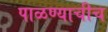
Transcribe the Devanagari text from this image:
पाळण्याचीच